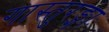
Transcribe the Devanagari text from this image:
गास्तुरङ्गाः